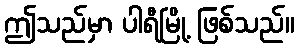
ဤသည်မှာ ပါရီမြို့ ဖြစ်သည်။